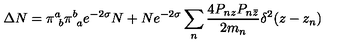
\Delta N = \pi _ { \ b } ^ { a } \pi _ { \ a } ^ { b } e ^ { - 2 \sigma } N + N e ^ { - 2 \sigma } \sum _ { n } \frac { 4 P _ { n z } P _ { n \bar { z } } } { 2 m _ { n } } \delta ^ { 2 } ( z - z _ { n } )